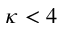
\kappa < 4